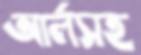
আর্লসহ